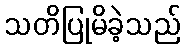
သတိပြုမိခဲ့သည်